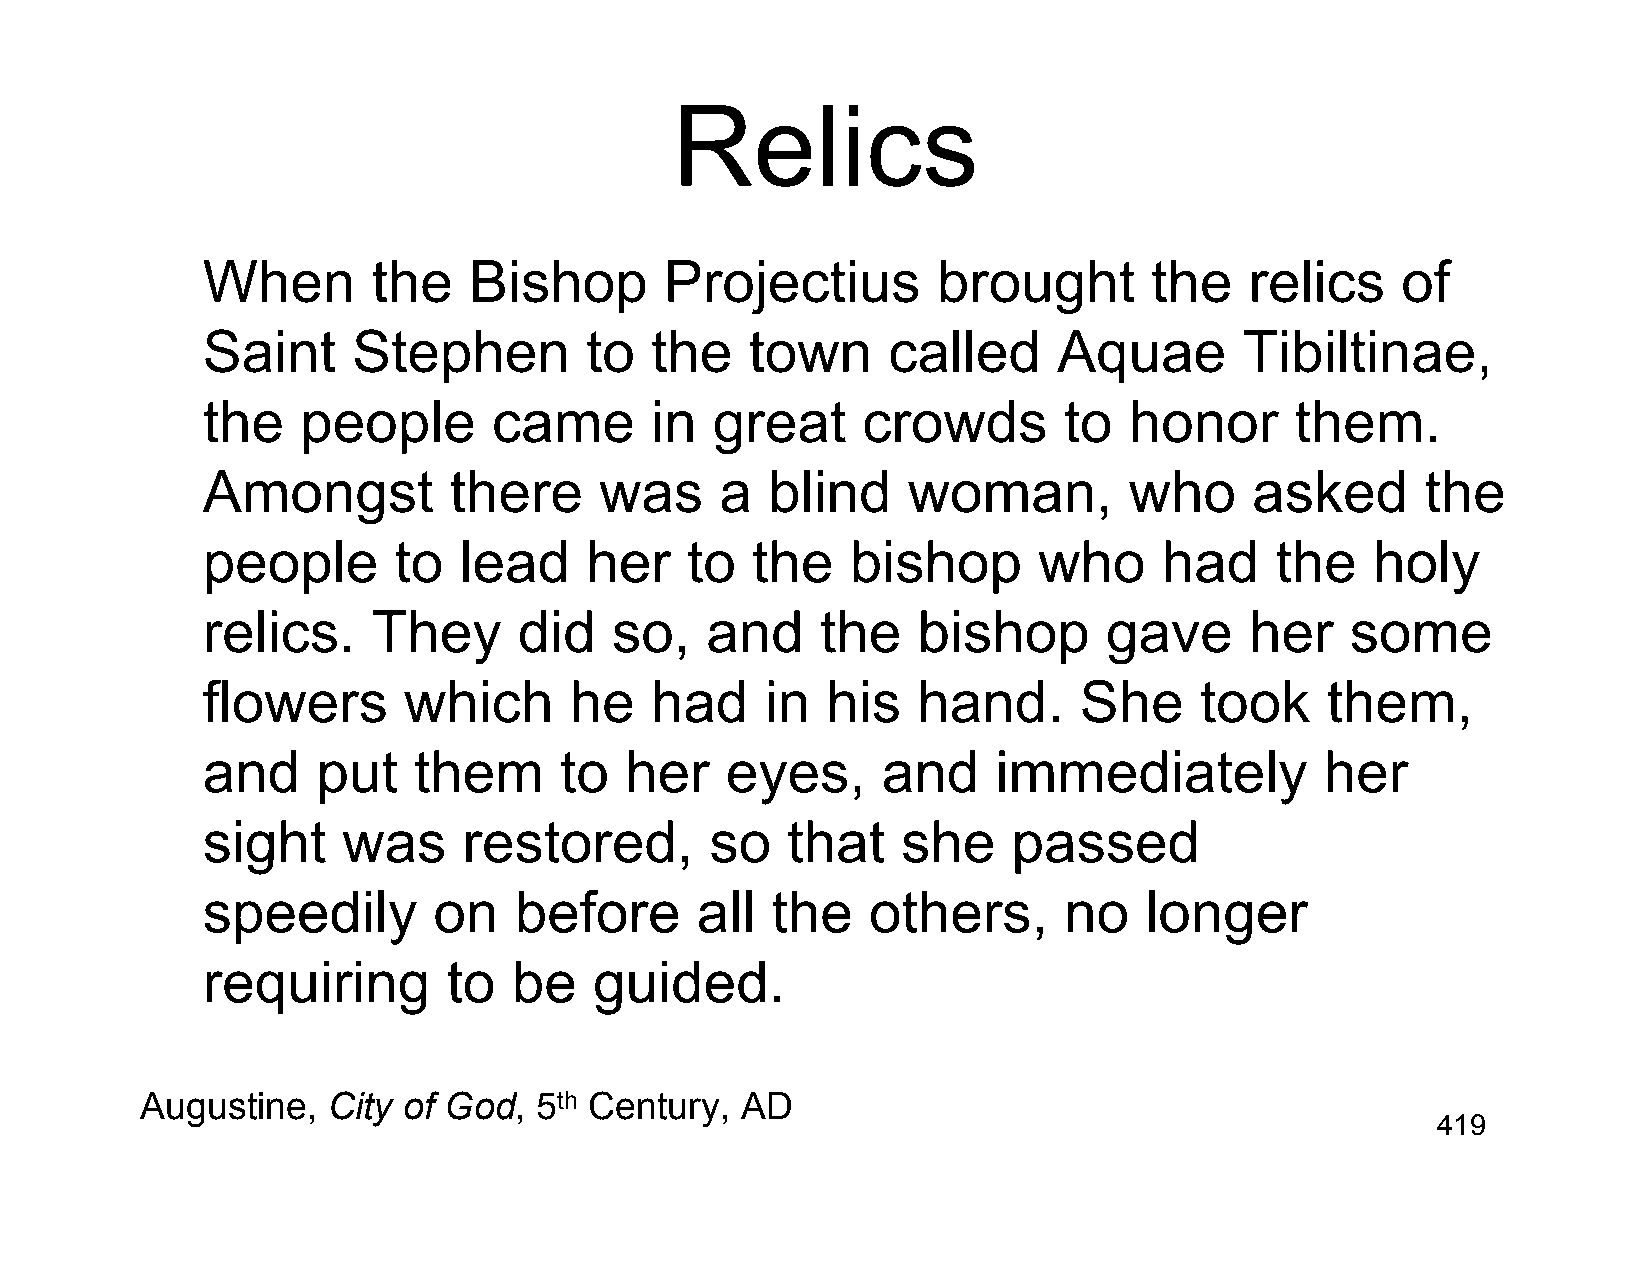
Relics
 When        the   Bishop       Projectius        brought       the    relics    of
 Saint     Stephen         to  the    town     called     Aquae       Tibiltinae,
 the    people       came      in  great     crowds       to   honor      them.
 Amongst          there     was     a  blind    woman,         who     asked      the
 people       to  lead     her   to   the   bishop       who     had    the    holy
 relics.     They     did    so,   and    the    bishop      gave      her   some
 flowers       which      he   had     in  his   hand.     She     took     them,
 and     put   them      to  her    eyes,     and     immediately           her
 sight     was     restored,       so   that    she    passed
 speedily        on   before      all  the    others,     no    longer
 requiring        to  be   guided.
 Augustine,   City of God, 5th Century,  AD
 419